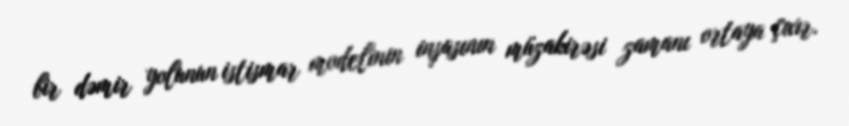
bir dəmir yolunun istismar modelinin inşasının müzakirəsi zamanı ortaya çıxır.